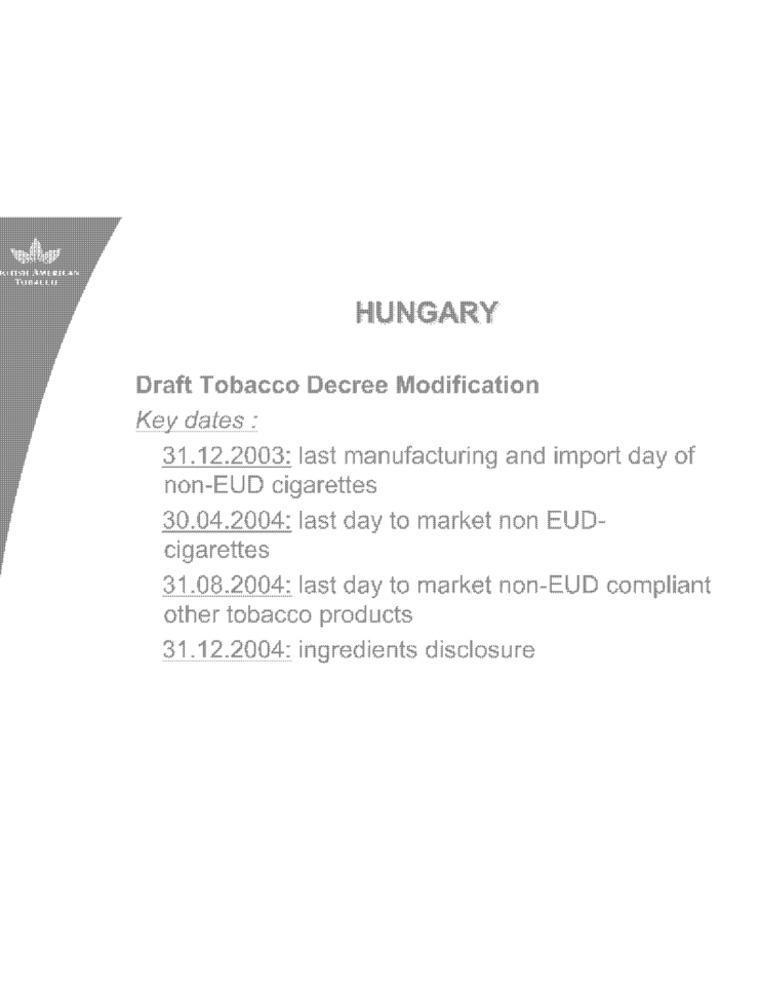
HUNGARY
Draft Tobacco Decree Modification
Key dates :
31.12.2003: last manufacturing and import day of
non-EUD cigarettes
30.04.2004: last day to market non EUD-
cigarettes
31.08.2004: last day to market non-EUD compliant
other tobacco products
31.12.2004: ingredients disclosure